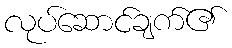
လုပ်ဆောင်ချက်၏